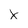
Character: x